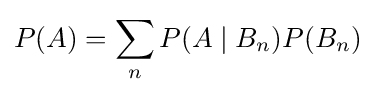
P(A)=\sum _{n}P(A\mid B_{n})P(B_{n})